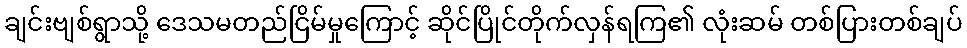
ချင်းဗျစ်ရွာသို့ ဒေသမတည်ငြိမ်မှုကြောင့် ဆိုင်ပြိုင်တိုက်လှန်ရကြ၏ လုံးဆမ် တစ်ပြားတစ်ချပ်